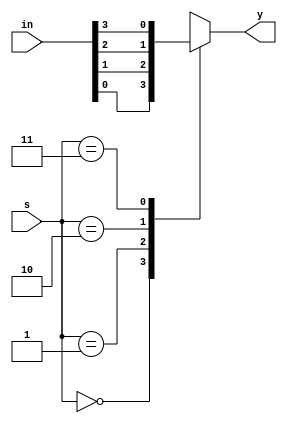
module mux_41_behav(input [3:0]in, input [1:0]s, output reg y);

always@(*)
begin
    case(s)
        2'b00: y = in[0];
        2'b01: y = in[1];
        2'b10: y = in[2];
        2'b11: y = in[3];
        default: y = 1'b0;
    endcase
end

endmodule
module mux_41_struct(input [3:0]in, input [1:0]s, output y);

wire out1, out2;

mux_21_behav_1 m0(in[0], in[1], s[0], out1);
mux_21_behav_2 m1(in[3:2], s[0], out2);
mux_21_dataflow m2(out1, out2, s[1], y);

endmodule